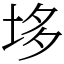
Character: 垑